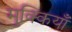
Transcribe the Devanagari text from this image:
मुक्कियाँ